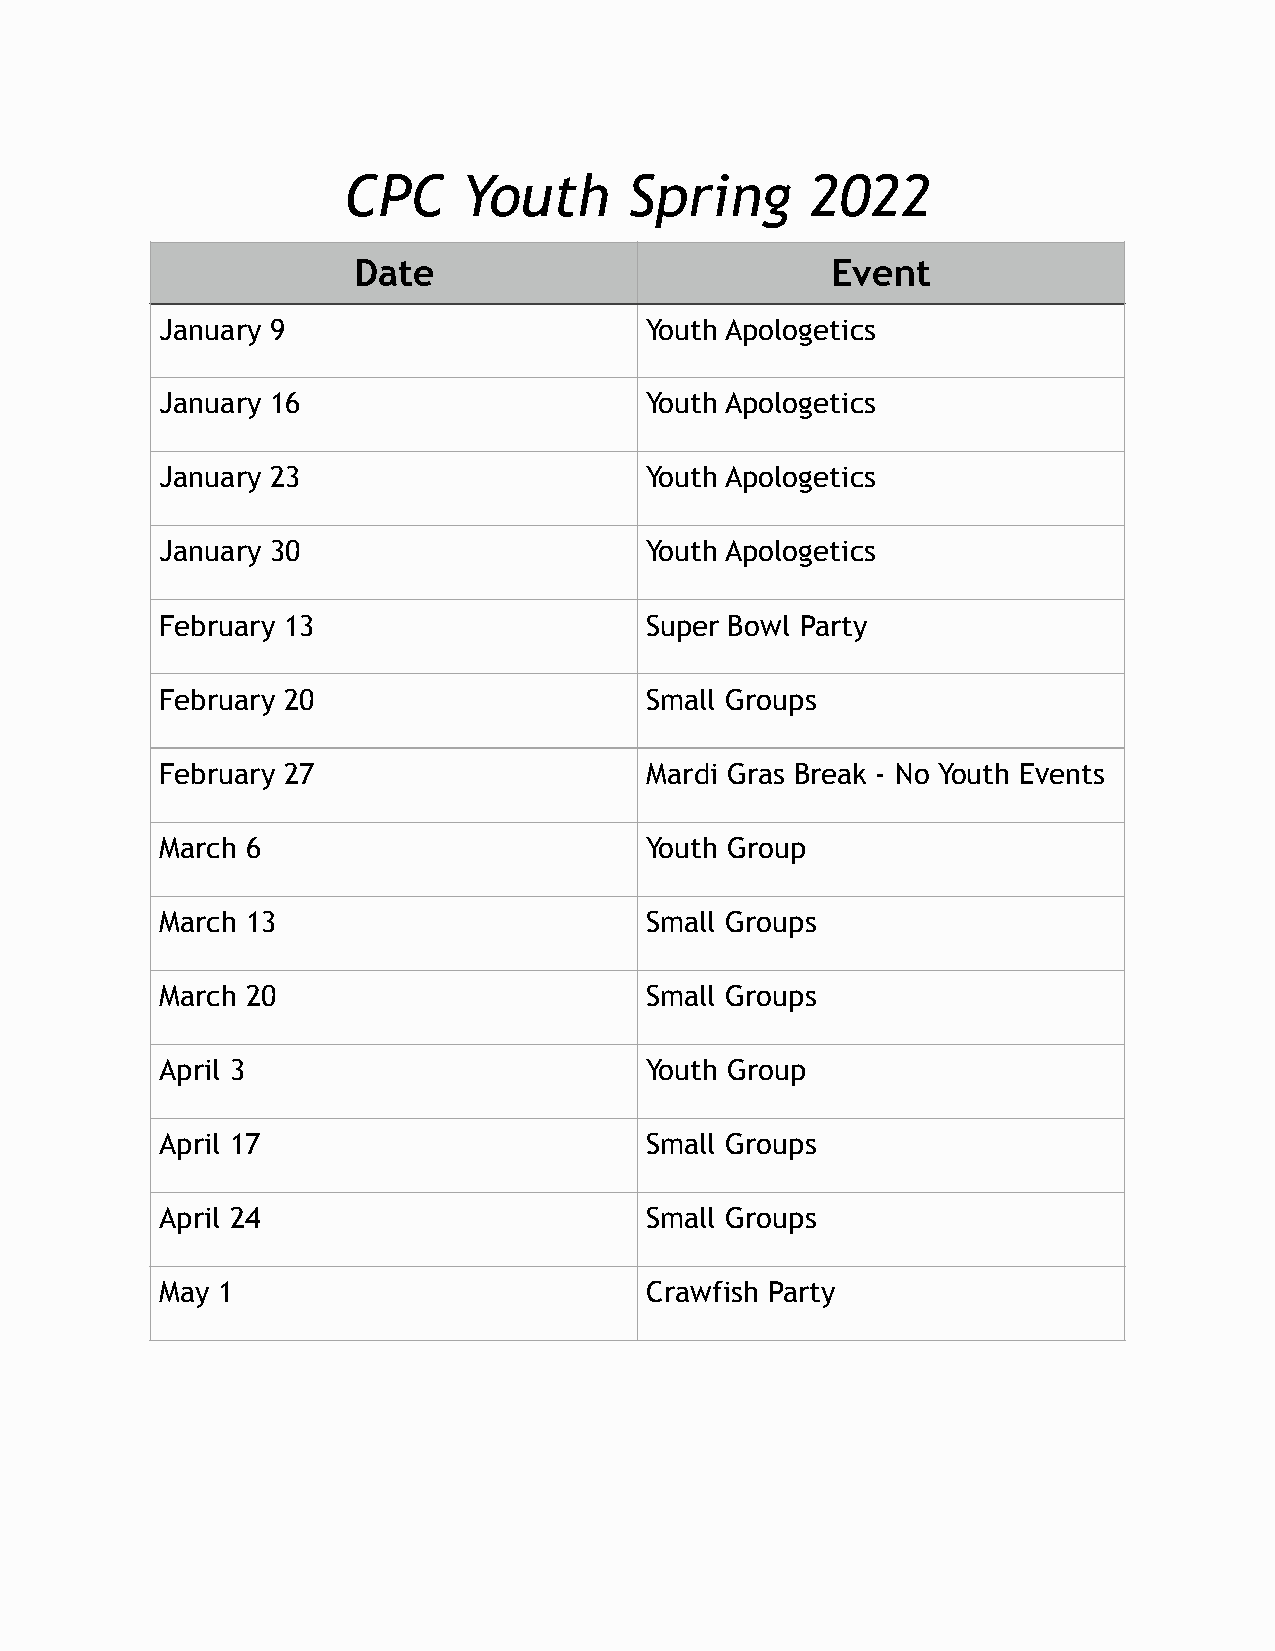
CPC     Youth      Spring      2022
 Date                            Event
 January 9                       Youth Apologetics
 January 16                      Youth Apologetics
 January 23                      Youth Apologetics
 January 30                      Youth Apologetics
 February 13                     Super Bowl Party
 February 20                     Small Groups
 February 27                     Mardi Gras Break - No Youth Events
 March 6                         Youth Group
 March 13                        Small Groups
 March 20                        Small Groups
 April 3                         Youth Group
 April 17                        Small Groups
 April 24                        Small Groups
 May 1                           Crawfish Party